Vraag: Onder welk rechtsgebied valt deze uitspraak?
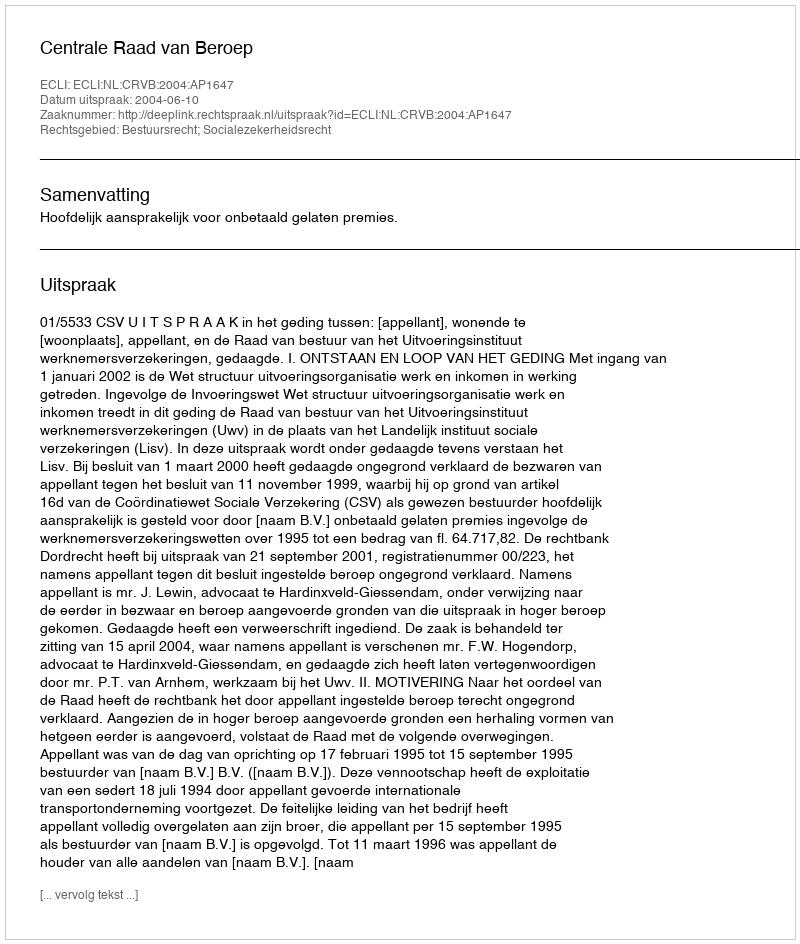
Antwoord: Bestuursrecht; Socialezekerheidsrecht